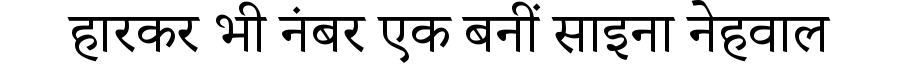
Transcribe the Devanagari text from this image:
हारकर भी नंबर एक बनीं साइना नेहवाल